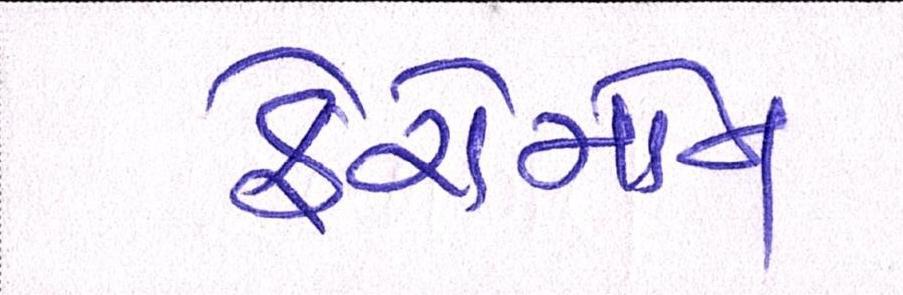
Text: ફેરોમોન